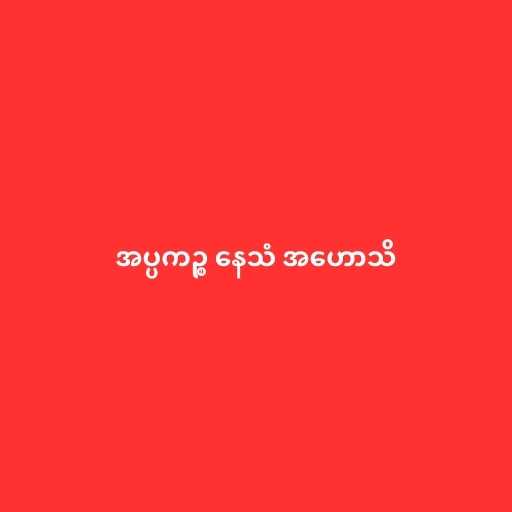
အပ္ပကဉ္စ နေသံ အဟောသိ